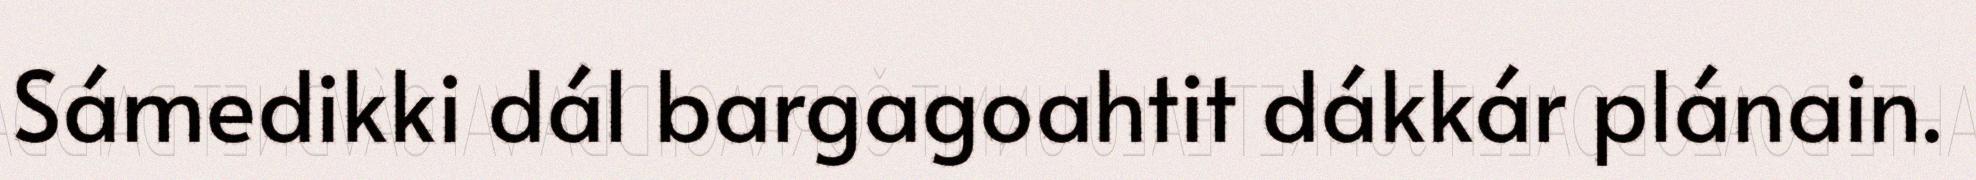
Sámedikki dál bargagoahtit dákkár plánain.